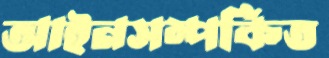
আইনসম্পর্কিত